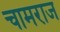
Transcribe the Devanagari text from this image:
चामराज